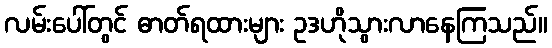
လမ်းပေါ်တွင် ဓာတ်ရထားများ ဥဒဟိုသွားလာနေကြသည်။